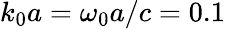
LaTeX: k_{0}a=\omega_{0}a/c=0.1